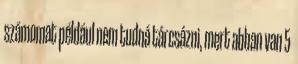
számomat például nem tudná tárcsázni, mert abban van 5